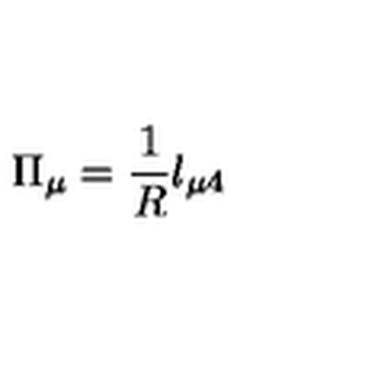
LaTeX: \Pi _ { \mu } = \frac { 1 } { R } l _ { \mu 4 }